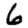
Digit: 6